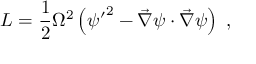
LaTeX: { \cal L } = \frac 1 2 \Omega ^ { 2 } \left( { \psi ^ { \prime } } ^ { 2 } - { \vec { \nabla } } \psi \cdot { \vec { \nabla } } \psi \right) \; ,